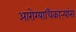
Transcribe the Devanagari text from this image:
आरोग्याधिकाऱ्यांना